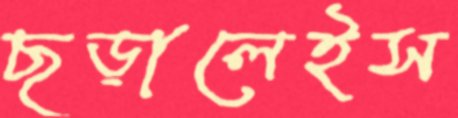
ছড়ালেইস